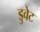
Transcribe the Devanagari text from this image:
डुवेट